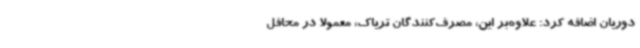
دوریان اضافه کرد: علاوه‌بر این، مصرف‌کنندگان تریاک، معمولاً در محافل